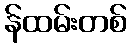
န်ထမ်းတစ်